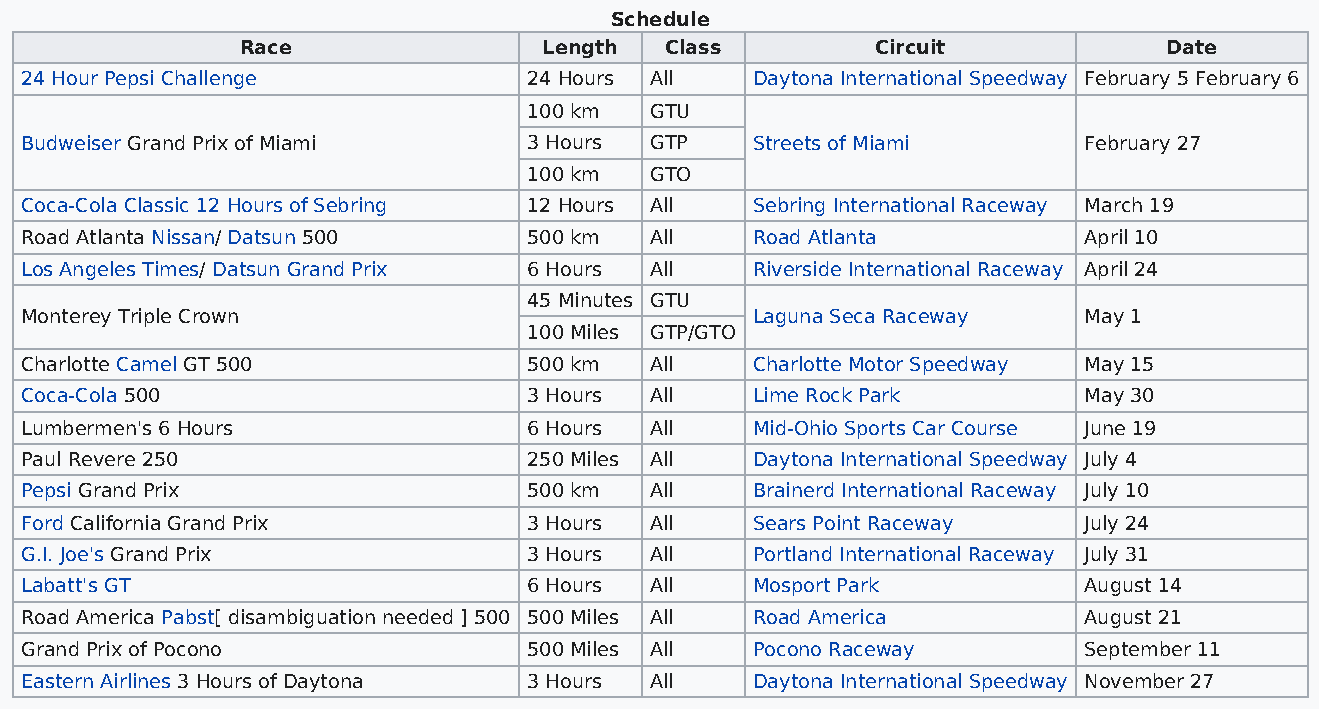
Schedule
 Race                Length  Class         Circuit            Date
 24 Hour Pepsi Challenge           24 Hours All   Daytona International Speedway February 5 February 6
 100 km  GTU
 Budweiser Grand Prix of Miami     3 Hours GTP    Streets of Miami      February 27
 100 km  GTO
 Coca-Cola Classic 12 Hours of Sebring 12 Hours All Sebring International Raceway March 19
 Road Atlanta Nissan/ Datsun 500   500 km  All    Road Atlanta          April 10
 Los Angeles Times/ Datsun Grand Prix 6 Hours All Riverside International Raceway April 24
 45 Minutes GTU
 Monterey Triple Crown                            Laguna Seca Raceway   May 1
 100 Miles GTP/GTO
 Charlotte Camel GT 500            500 km  All    Charlotte Motor Speedway May 15
 Coca-Cola 500                     3 Hours All    Lime Rock Park        May 30
 Lumbermen's 6 Hours               6 Hours All    Mid-Ohio Sports Car Course June 19
 Paul Revere 250                   250 Miles All  Daytona International Speedway July 4
 Pepsi Grand Prix                  500 km  All    Brainerd International Raceway July 10
 Ford California Grand Prix        3 Hours All    Sears Point Raceway   July 24
 G.I. Joe's Grand Prix             3 Hours All    Portland International Raceway July 31
 Labatt's GT                       6 Hours All    Mosport Park          August 14
 Road America Pabst[ disambiguation needed ] 500 500 Miles All Road America August 21
 Grand Prix of Pocono              500 Miles All  Pocono Raceway        September 11
 Eastern Airlines 3 Hours of Daytona 3 Hours All  Daytona International Speedway November 27